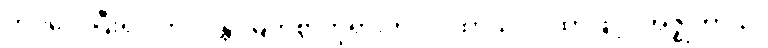
ကပ်လေပြီး၍။ ဘဂဝန္တံ၊ မြတ်စွာဘုရားကို။ ဂါထာယ၊ ဂါထာဖြင့်။ အဇ္ဈဘာသိ၊